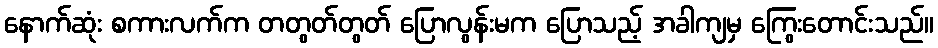
နောက်ဆုံး စကားလက်က တတွတ်တွတ် ပြောလွန်းမက ပြောသည့် အခါကျမှ ကြွေးတောင်းသည်။